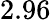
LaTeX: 2.96